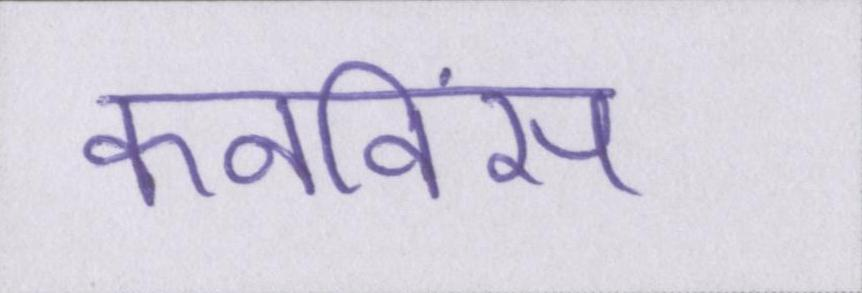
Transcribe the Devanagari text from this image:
कनविंस